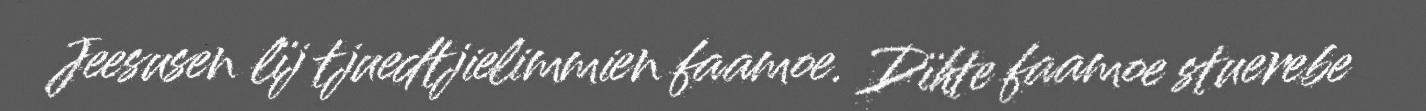
Jeesusen lïj tjuedtjielimmien faamoe. Dïhte faamoe stuerebe